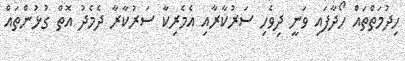
ހިދުމަތްތައް ހޯދާފައި ވަނީ ދިވެހި ސަރުކާރާއި އެމެރިކާ ސަރުކާރާ ދެމެދު އޮތް ގުޅުންތައް